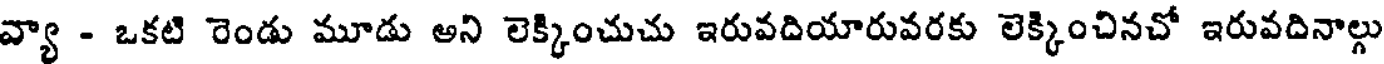
వ్యా - ఒకటి రెండు మూడు అని లెక్కించుచు ఇరువదియారువరకు లెక్కించినచో ఇరువదినాల్గు